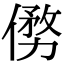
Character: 𠍢